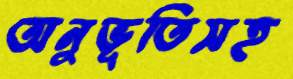
অনুভূতিসহ